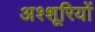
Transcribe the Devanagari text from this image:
अश्शूरियों